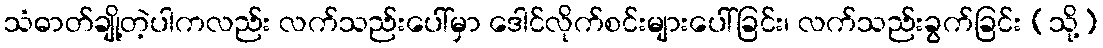
သံဓာတ်ချို့တဲ့ပါကလည်း လက်သည်းပေါ်မှာ ဒေါင်လိုက်စင်းများပေါ်ခြင်း၊ လက်သည်းခွက်ခြင်း (သို့)